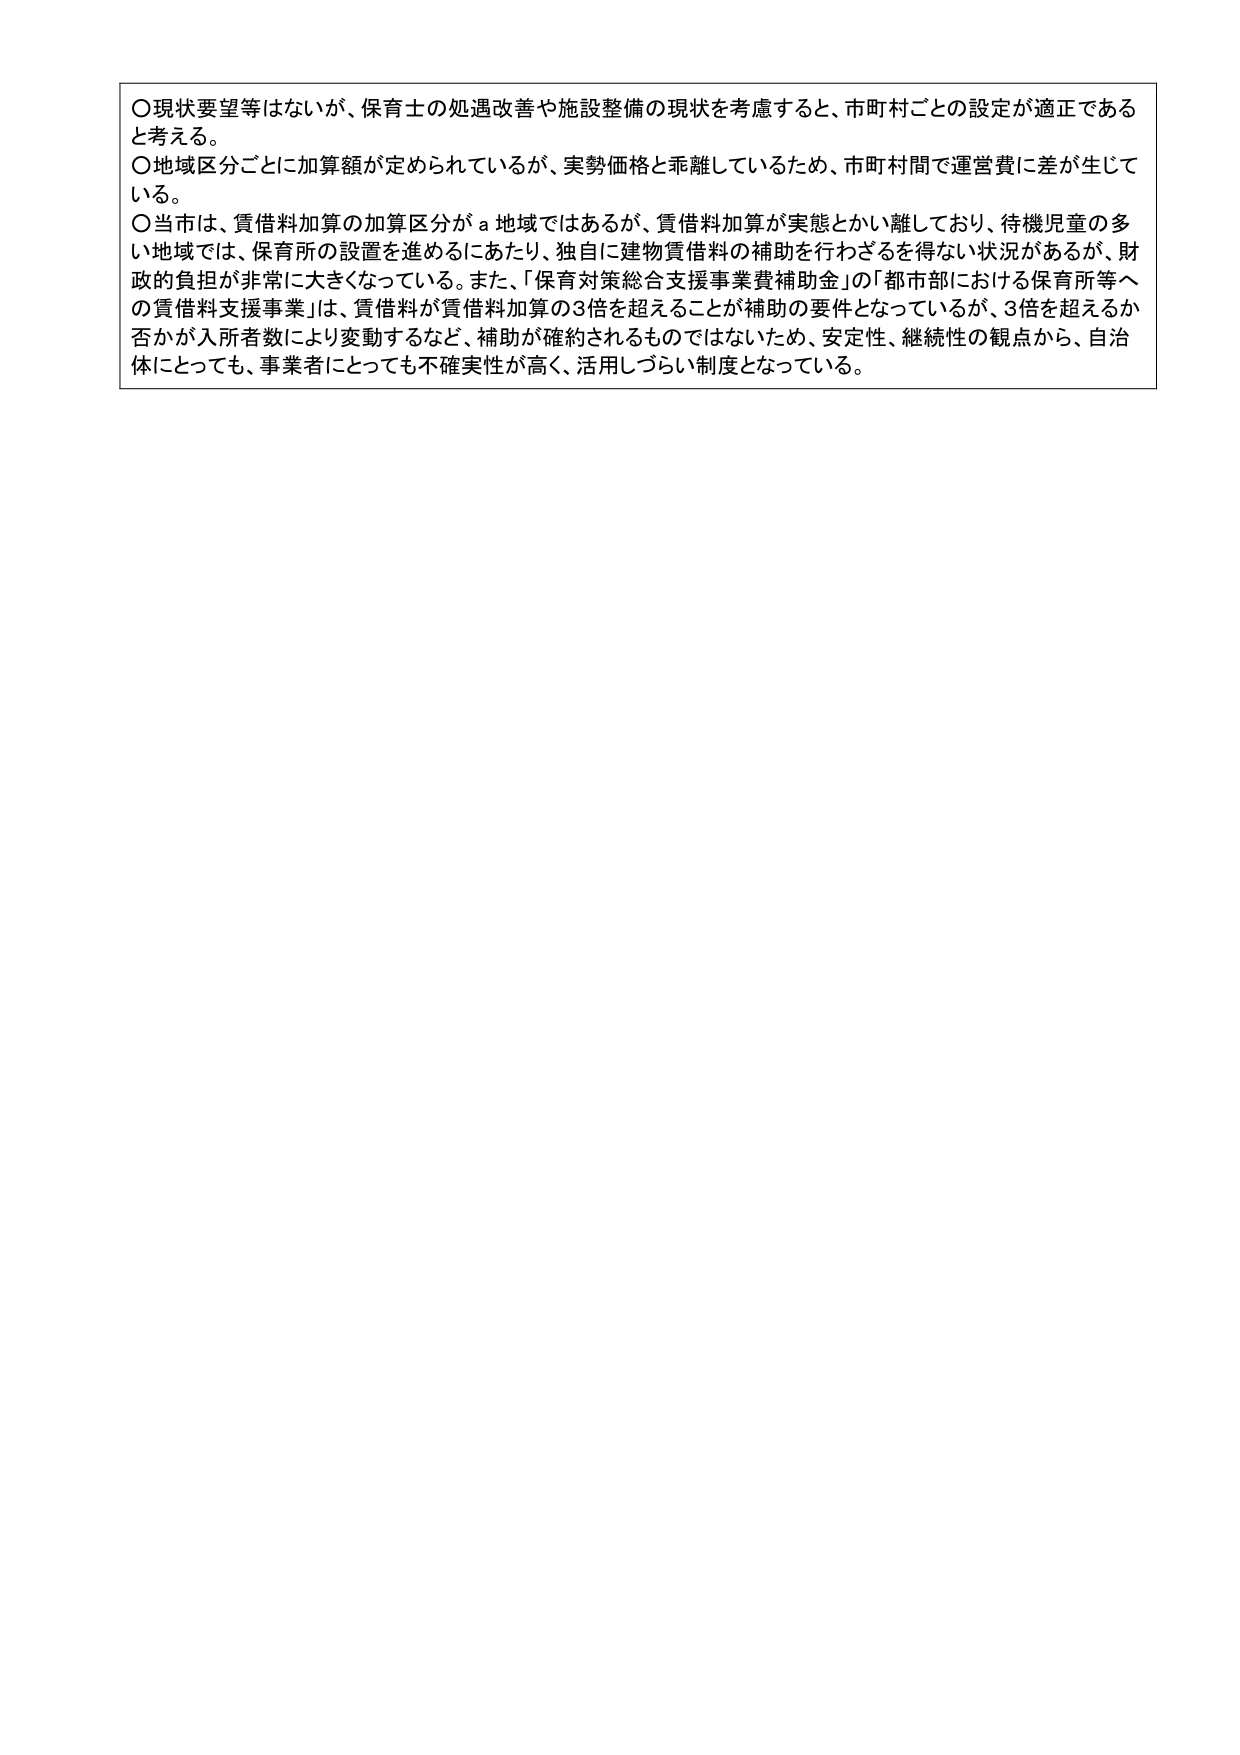
〇現状要望等はないが、保育士の処遇改善や施設整備の現状を考慮すると、市町村ごとの設定が適正であると考える。
〇地域区分ごとに加算額が定められているが、実勢価格と乖離しているため、市町村間で運営費に差が生じている。
〇当市は、賃借料加算の加算区分がａ地域ではあるが、賃借料加算が実態とかい離しており、待機児童の多い地域では、保育所の設置を進めるにあたり、独自に建物賃借料の補助を行わざるを得ない状況があるが、財政的負担が非常に大きくなっている。また、「保育対策総合支援事業費補助金」の「都市部における保育所等への賃借料支援事業」は、賃借料が賃借料加算の3倍を超えることが補助の要件となっているが、3倍を超えるか否かが入所者数により変動するなど、補助が確約されるものではないため、安定性、継続性の観点から、自治体にとっても、事業者にとっても不確実性が高く、活用しづらい制度となっている。